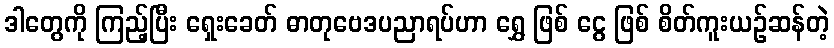
ဒါတွေကို ကြည့်ပြီး ရှေးခေတ် ဓာတုဗေဒပညာရပ်ဟာ ရွှေ ဖြစ် ငွေ ဖြစ် စိတ်ကူးယဉ်ဆန်တဲ့